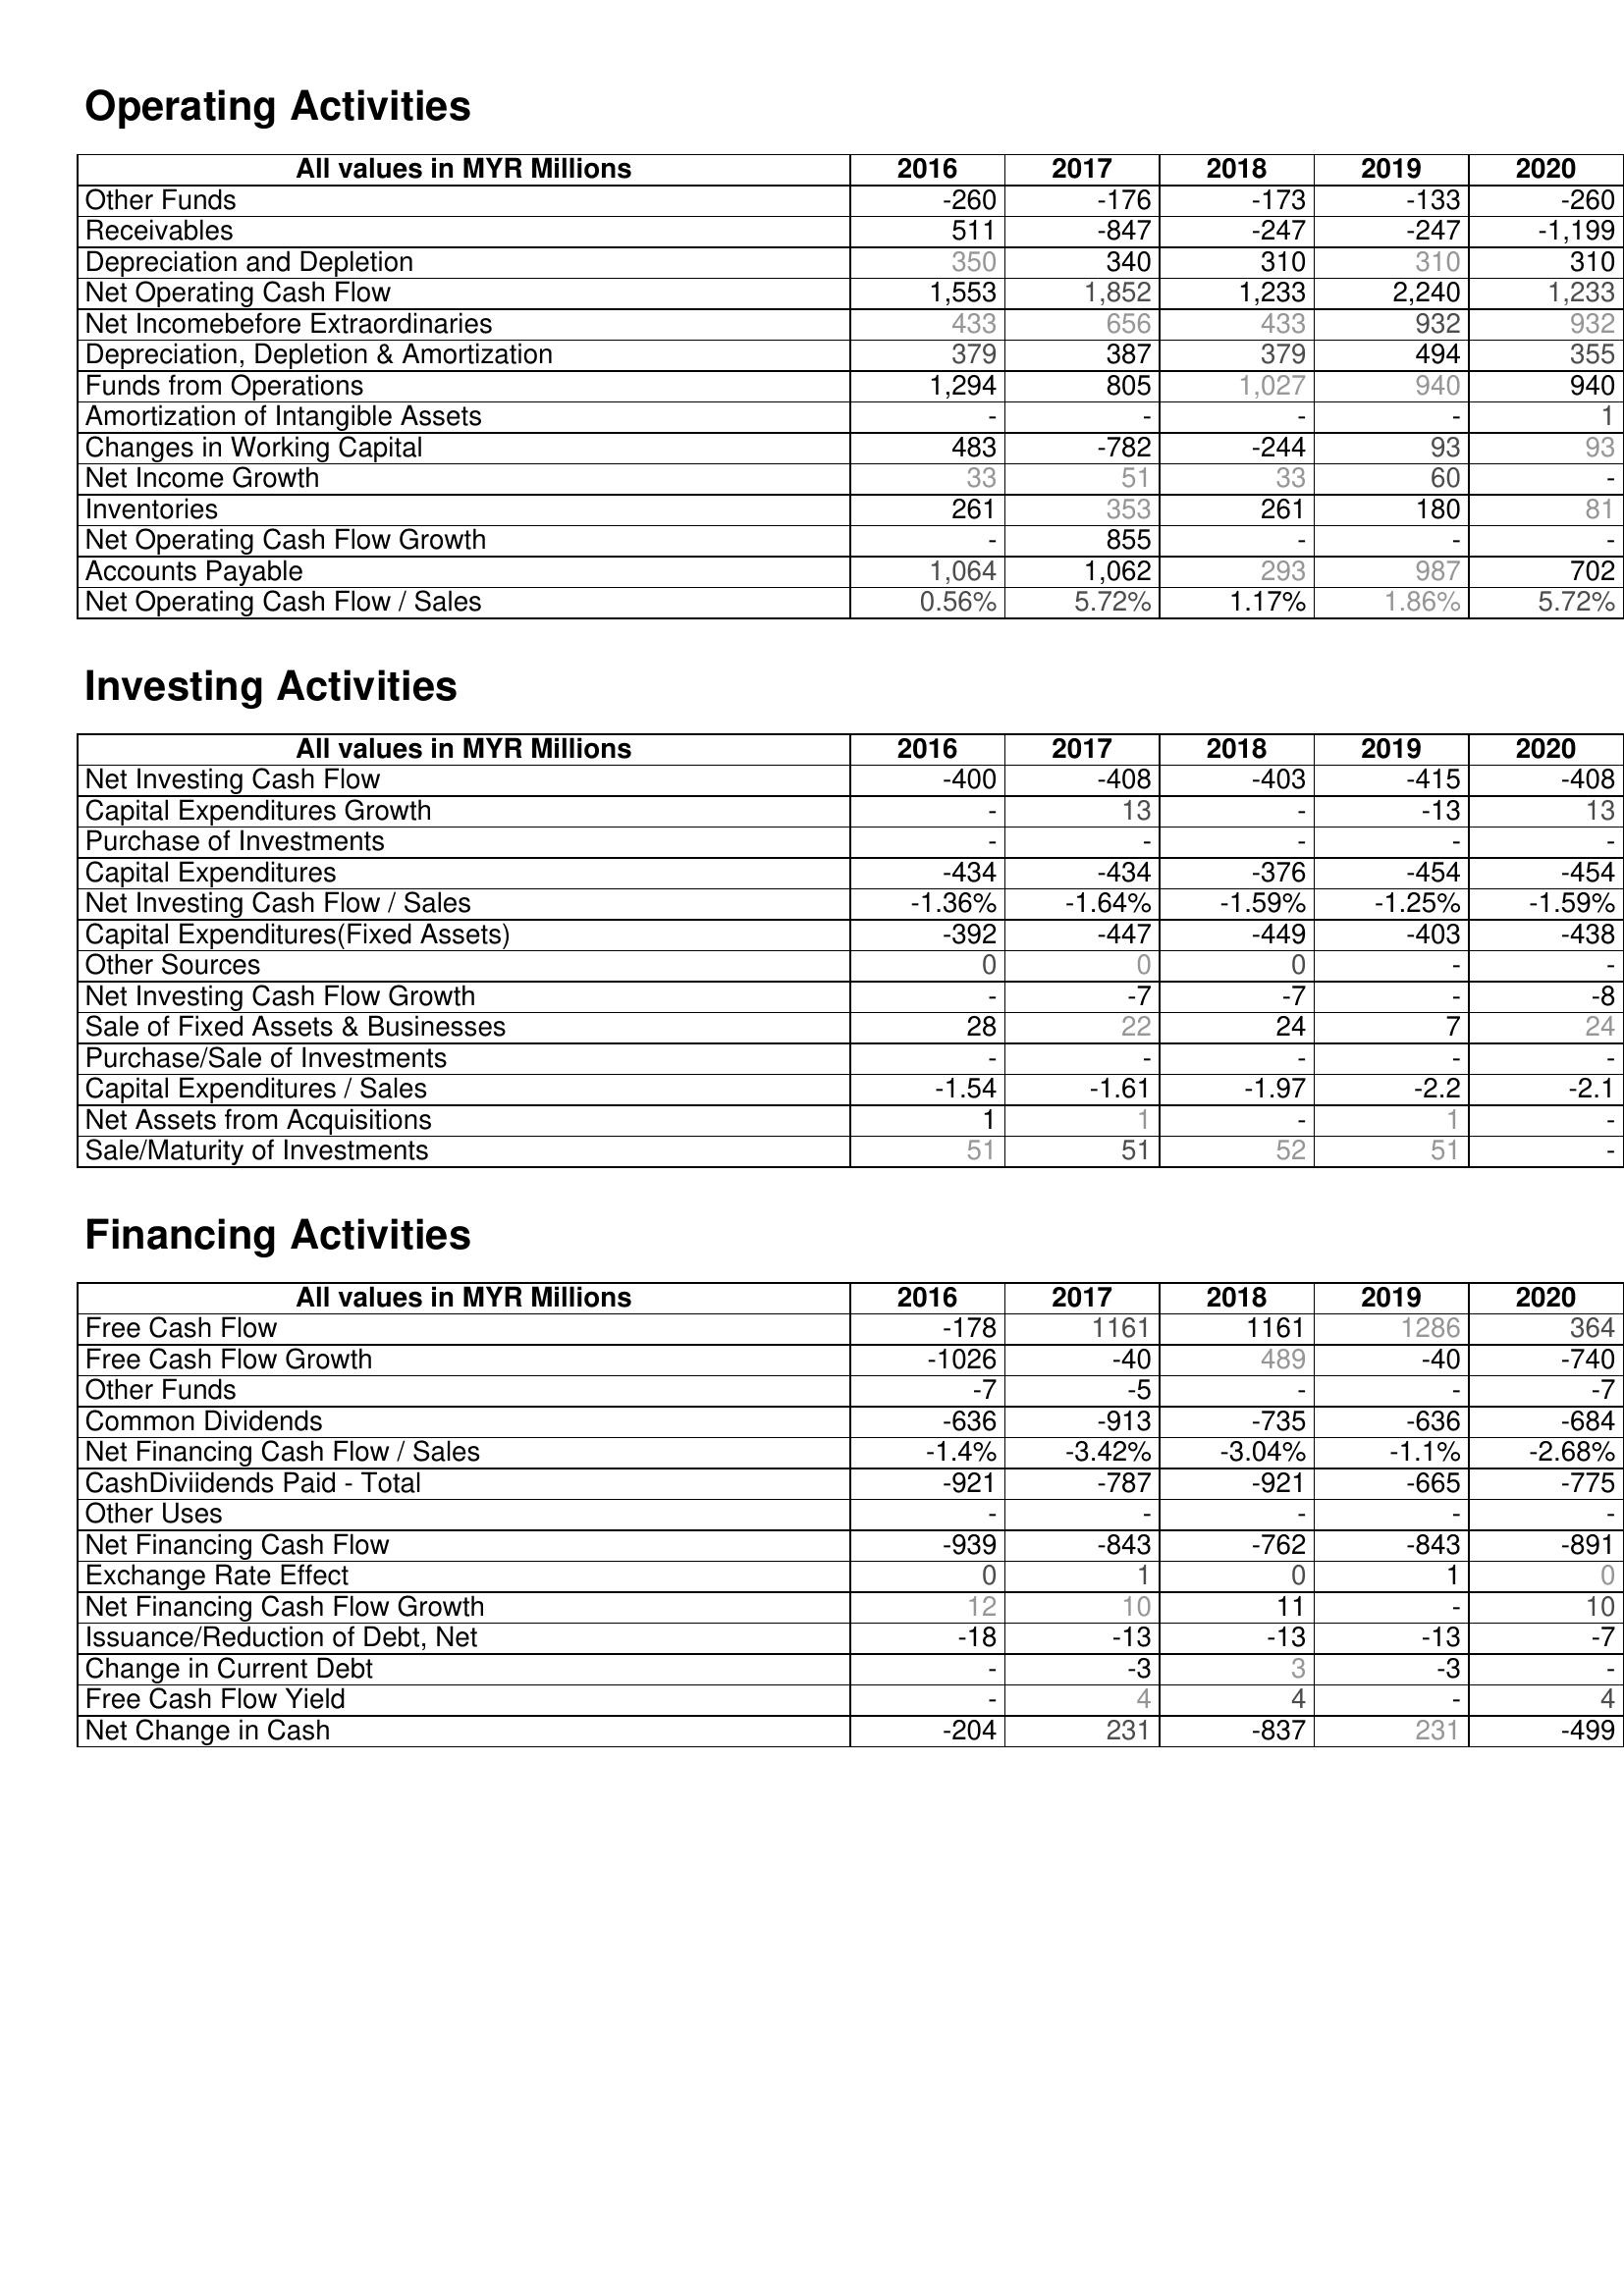
2016: Operating Activities: Other Funds: -260
Receivables: 511
Depreciation and Depletion: 350
Net Operating Cash Flow: 1,553
Net Incomebefore Extraordinaries: 433
Depreciation, Depletion & Amortization: 379
Funds from Operations: 1,294
Amortization of Intangible Assets: -
Changes in Working Capital: 483
Net Income Growth: 33
Inventories: 261
Net Operating Cash Flow Growth: -
Accounts Payable: 1,064
Net Operating Cash Flow / Sales: 0.56%
Investing Activities: Net Investing Cash Flow: -400
Capital Expenditures Growth: -
Purchase of Investments: -
Capital Expenditures: -434
Net Investing Cash Flow / Sales: -1.36%
Capital Expenditures(Fixed Assets): -392
Other Sources: 0
Net Investing Cash Flow Growth: -
Sale of Fixed Assets & Businesses: 28
Purchase/Sale of Investments: -
Capital Expenditures / Sales: -1.54
Net Assets from Acquisitions: 1
Sale/Maturity of Investments: 51
Financing Activities: Free Cash Flow: -178
Free Cash Flow Growth: -1026
Other Funds: -7
Common Dividends: -636
Net Financing Cash Flow / Sales: -1.4%
CashDiviidends Paid - Total: -921
Other Uses: -
Net Financing Cash Flow: -939
Exchange Rate Effect: 0
Net Financing Cash Flow Growth: 12
Issuance/Reduction of Debt, Net: -18
Change in Current Debt: -
Free Cash Flow Yield: -
Net Change in Cash: -204
2017: Operating Activities: Other Funds: -176
Receivables: -847
Depreciation and Depletion: 340
Net Operating Cash Flow: 1,852
Net Incomebefore Extraordinaries: 656
Depreciation, Depletion & Amortization: 387
Funds from Operations: 805
Amortization of Intangible Assets: -
Changes in Working Capital: -782
Net Income Growth: 51
Inventories: 353
Net Operating Cash Flow Growth: 855
Accounts Payable: 1,062
Net Operating Cash Flow / Sales: 5.72%
Investing Activities: Net Investing Cash Flow: -408
Capital Expenditures Growth: 13
Purchase of Investments: -
Capital Expenditures: -434
Net Investing Cash Flow / Sales: -1.64%
Capital Expenditures(Fixed Assets): -447
Other Sources: 0
Net Investing Cash Flow Growth: -7
Sale of Fixed Assets & Businesses: 22
Purchase/Sale of Investments: -
Capital Expenditures / Sales: -1.61
Net Assets from Acquisitions: 1
Sale/Maturity of Investments: 51
Financing Activities: Free Cash Flow: 1161
Free Cash Flow Growth: -40
Other Funds: -5
Common Dividends: -913
Net Financing Cash Flow / Sales: -3.42%
CashDiviidends Paid - Total: -787
Other Uses: -
Net Financing Cash Flow: -843
Exchange Rate Effect: 1
Net Financing Cash Flow Growth: 10
Issuance/Reduction of Debt, Net: -13
Change in Current Debt: -3
Free Cash Flow Yield: 4
Net Change in Cash: 231
2018: Operating Activities: Other Funds: -173
Receivables: -247
Depreciation and Depletion: 310
Net Operating Cash Flow: 1,233
Net Incomebefore Extraordinaries: 433
Depreciation, Depletion & Amortization: 379
Funds from Operations: 1,027
Amortization of Intangible Assets: -
Changes in Working Capital: -244
Net Income Growth: 33
Inventories: 261
Net Operating Cash Flow Growth: -
Accounts Payable: 293
Net Operating Cash Flow / Sales: 1.17%
Investing Activities: Net Investing Cash Flow: -403
Capital Expenditures Growth: -
Purchase of Investments: -
Capital Expenditures: -376
Net Investing Cash Flow / Sales: -1.59%
Capital Expenditures(Fixed Assets): -449
Other Sources: 0
Net Investing Cash Flow Growth: -7
Sale of Fixed Assets & Businesses: 24
Purchase/Sale of Investments: -
Capital Expenditures / Sales: -1.97
Net Assets from Acquisitions: -
Sale/Maturity of Investments: 52
Financing Activities: Free Cash Flow: 1161
Free Cash Flow Growth: 489
Other Funds: -
Common Dividends: -735
Net Financing Cash Flow / Sales: -3.04%
CashDiviidends Paid - Total: -921
Other Uses: -
Net Financing Cash Flow: -762
Exchange Rate Effect: 0
Net Financing Cash Flow Growth: 11
Issuance/Reduction of Debt, Net: -13
Change in Current Debt: 3
Free Cash Flow Yield: 4
Net Change in Cash: -837
2019: Operating Activities: Other Funds: -133
Receivables: -247
Depreciation and Depletion: 310
Net Operating Cash Flow: 2,240
Net Incomebefore Extraordinaries: 932
Depreciation, Depletion & Amortization: 494
Funds from Operations: 940
Amortization of Intangible Assets: -
Changes in Working Capital: 93
Net Income Growth: 60
Inventories: 180
Net Operating Cash Flow Growth: -
Accounts Payable: 987
Net Operating Cash Flow / Sales: 1.86%
Investing Activities: Net Investing Cash Flow: -415
Capital Expenditures Growth: -13
Purchase of Investments: -
Capital Expenditures: -454
Net Investing Cash Flow / Sales: -1.25%
Capital Expenditures(Fixed Assets): -403
Other Sources: -
Net Investing Cash Flow Growth: -
Sale of Fixed Assets & Businesses: 7
Purchase/Sale of Investments: -
Capital Expenditures / Sales: -2.2
Net Assets from Acquisitions: 1
Sale/Maturity of Investments: 51
Financing Activities: Free Cash Flow: 1286
Free Cash Flow Growth: -40
Other Funds: -
Common Dividends: -636
Net Financing Cash Flow / Sales: -1.1%
CashDiviidends Paid - Total: -665
Other Uses: -
Net Financing Cash Flow: -843
Exchange Rate Effect: 1
Net Financing Cash Flow Growth: -
Issuance/Reduction of Debt, Net: -13
Change in Current Debt: -3
Free Cash Flow Yield: -
Net Change in Cash: 231
2020: Operating Activities: Other Funds: -260
Receivables: -1,199
Depreciation and Depletion: 310
Net Operating Cash Flow: 1,233
Net Incomebefore Extraordinaries: 932
Depreciation, Depletion & Amortization: 355
Funds from Operations: 940
Amortization of Intangible Assets: 1
Changes in Working Capital: 93
Net Income Growth: -
Inventories: 81
Net Operating Cash Flow Growth: -
Accounts Payable: 702
Net Operating Cash Flow / Sales: 5.72%
Investing Activities: Net Investing Cash Flow: -408
Capital Expenditures Growth: 13
Purchase of Investments: -
Capital Expenditures: -454
Net Investing Cash Flow / Sales: -1.59%
Capital Expenditures(Fixed Assets): -438
Other Sources: -
Net Investing Cash Flow Growth: -8
Sale of Fixed Assets & Businesses: 24
Purchase/Sale of Investments: -
Capital Expenditures / Sales: -2.1
Net Assets from Acquisitions: -
Sale/Maturity of Investments: -
Financing Activities: Free Cash Flow: 364
Free Cash Flow Growth: -740
Other Funds: -7
Common Dividends: -684
Net Financing Cash Flow / Sales: -2.68%
CashDiviidends Paid - Total: -775
Other Uses: -
Net Financing Cash Flow: -891
Exchange Rate Effect: 0
Net Financing Cash Flow Growth: 10
Issuance/Reduction of Debt, Net: -7
Change in Current Debt: -
Free Cash Flow Yield: 4
Net Change in Cash: -499